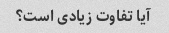
آیا تفاوت زیادی است؟